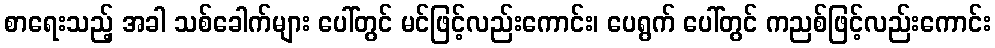
စာရေးသည့် အခါ သစ်ခေါက်များ ပေါ်တွင် မင်ဖြင့်လည်းကောင်း၊ ပေရွက် ပေါ်တွင် ကညစ်ဖြင့်လည်းကောင်း